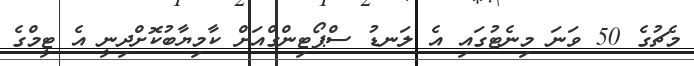
މެޗުގެ 50 ވަނަ މިނެޓުގައި އެ ލަނޑު ސްޕޯޓިންގްއަށް ކާމިޔާބުކޮށްދިނީ އެ ޓީމްގެ